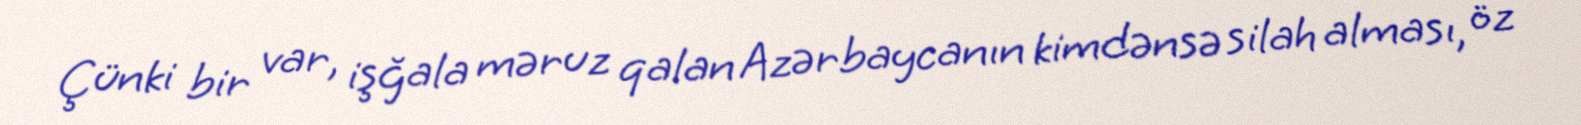
Çünki bir var, işğala məruz qalan Azərbaycanın kimdənsə silah alması, öz